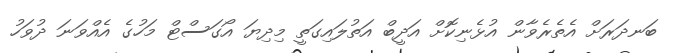
ބަނދަރަށް އެތެރެވާން އުޅެނިކޮށް އަދީބް އަތުލައިގަތީ މިދިޔަ އޯގަސްޓް މަހުގެ އެއްވަނަ ދުވަހު